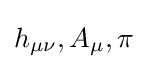
h_{\mu \nu },A_{\mu },\pi